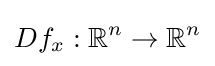
Df_{x}:\mathbb {R} ^{n}\to \mathbb {R} ^{n}